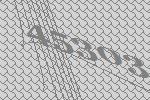
45303